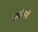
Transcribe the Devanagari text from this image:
आर्तजनों